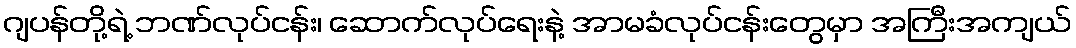
ဂျပန်တို့ရဲ့ ဘဏ်လုပ်ငန်း၊ ဆောက်လုပ်ရေးနဲ့ အာမခံလုပ်ငန်းတွေမှာ အကြီးအကျယ်